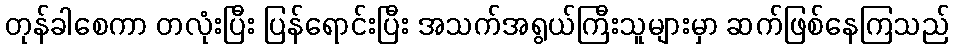
တုန်ခါစေကာ တလုံးပြီး ပြန်ရောင်းပြီး အသက်အရွယ်ကြီးသူများမှာ ဆက်ဖြစ်နေကြသည်